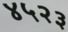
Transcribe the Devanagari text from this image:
४५२३